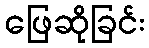
ဖြေဆိုခြင်း